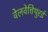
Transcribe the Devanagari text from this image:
वेलवेत्तिथुरई